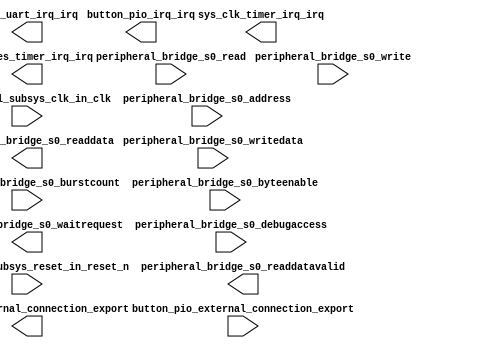

module peripheral_system (
	peripheral_subsys_clk_in_clk,
	peripheral_subsys_reset_in_reset_n,
	peripheral_bridge_s0_waitrequest,
	peripheral_bridge_s0_readdata,
	peripheral_bridge_s0_readdatavalid,
	peripheral_bridge_s0_burstcount,
	peripheral_bridge_s0_writedata,
	peripheral_bridge_s0_address,
	peripheral_bridge_s0_write,
	peripheral_bridge_s0_read,
	peripheral_bridge_s0_byteenable,
	peripheral_bridge_s0_debugaccess,
	sys_clk_timer_irq_irq,
	high_res_timer_irq_irq,
	button_pio_external_connection_export,
	button_pio_irq_irq,
	led_pio_external_connection_export,
	jtag_uart_irq_irq);	

	input		peripheral_subsys_clk_in_clk;
	input		peripheral_subsys_reset_in_reset_n;
	output		peripheral_bridge_s0_waitrequest;
	output	[31:0]	peripheral_bridge_s0_readdata;
	output		peripheral_bridge_s0_readdatavalid;
	input	[0:0]	peripheral_bridge_s0_burstcount;
	input	[31:0]	peripheral_bridge_s0_writedata;
	input	[7:0]	peripheral_bridge_s0_address;
	input		peripheral_bridge_s0_write;
	input		peripheral_bridge_s0_read;
	input	[3:0]	peripheral_bridge_s0_byteenable;
	input		peripheral_bridge_s0_debugaccess;
	output		sys_clk_timer_irq_irq;
	output		high_res_timer_irq_irq;
	input	[2:0]	button_pio_external_connection_export;
	output		button_pio_irq_irq;
	output	[7:0]	led_pio_external_connection_export;
	output		jtag_uart_irq_irq;
endmodule